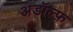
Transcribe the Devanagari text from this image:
अडॉल्फ़